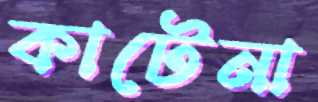
কাটেনা